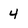
Character: 4